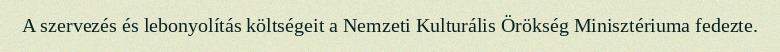
A szervezés és lebonyolítás költségeit a Nemzeti Kulturális Örökség Minisztériuma fedezte.